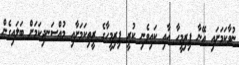
ނުވާކަމަށައި އޭނާ ފިރިމީހާ އާއި ކައިވެނި ކުރީ ފިރިމީހާގެ ރީތިކަމަށާއި މުއްސަނދިކަމަށް ބަލައިގެން